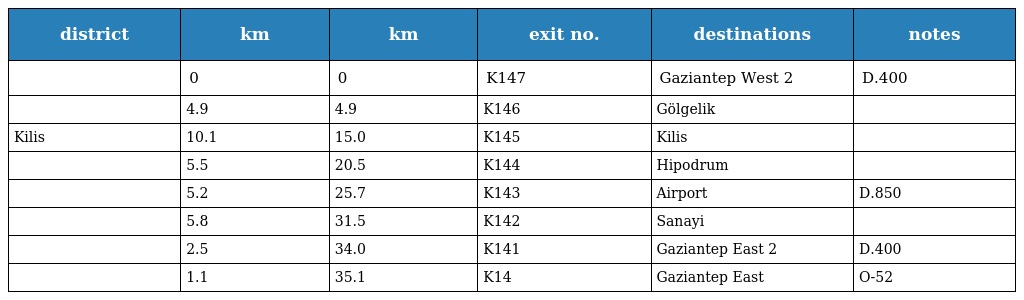
| district | km | km | exit no. | destinations | notes |
 | --- | --- | --- | --- | --- | --- |
 |  | 0 | 0 | K147 | Gaziantep West 2 | D.400 |
 |  | 4.9 | 4.9 | K146 | Gölgelik |  |
 | Kilis | 10.1 | 15.0 | K145 | Kilis |  |
 |  | 5.5 | 20.5 | K144 | Hipodrum |  |
 |  | 5.2 | 25.7 | K143 | Airport | D.850 |
 |  | 5.8 | 31.5 | K142 | Sanayi |  |
 |  | 2.5 | 34.0 | K141 | Gaziantep East 2 | D.400 |
 |  | 1.1 | 35.1 | K14 | Gaziantep East | O-52 |